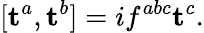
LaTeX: [\mathbf{t}^{a},\mathbf{t}^{b}]=if^{abc}\mathbf{t}^{c}.